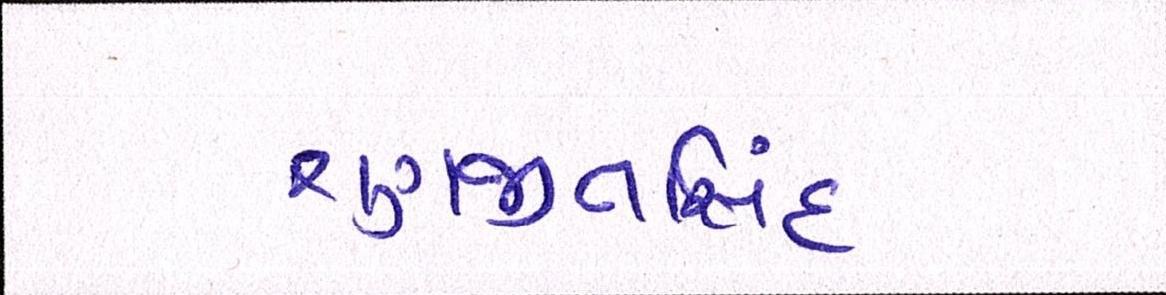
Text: રણજીતસિંહ